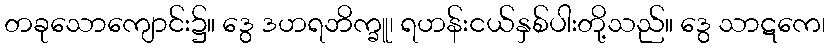
တခုသောကျောင်း၌။ ဒွေ ဒဟရဘိက္ခူ၊ ရဟန်းငယ်နှစ်ပါးတို့သည်။ ဒွေ သာဋကေ၊